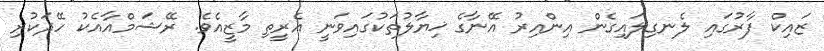
ޒައިކް ފާރުގައި ލެނގިލައިގެން އިންއިރު އޭނާގެ ޚިޔާލުތަކުގައިވަނީ އެރީތި މާޒީއެވެ. ރޭޝަމްއާއެކު ހޭދަކުރި